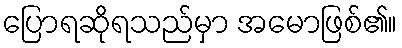
ပြောရဆိုရသည်မှာ အမောဖြစ်၏။